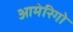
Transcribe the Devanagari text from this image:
आमेरिगो